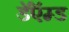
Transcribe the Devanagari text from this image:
डॅऍम्ड